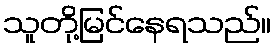
သူတို့မြင်နေရသည်။